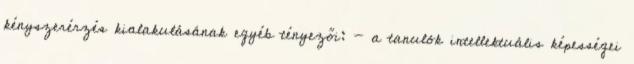
kényszerérzés kialakulásának egyéb tényezői: - a tanulók intellektuális képességei